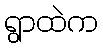
ရွာထဲက